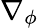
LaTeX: \nabla_{\phi}